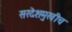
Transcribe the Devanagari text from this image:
सरदेशमुखीच